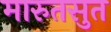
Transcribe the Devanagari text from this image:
मारुतसुत